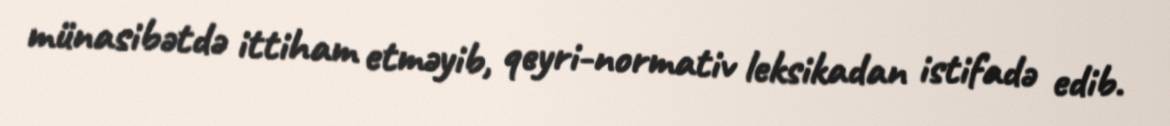
münasibətdə ittiham etməyib, qeyri-normativ leksikadan istifadə edib.